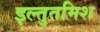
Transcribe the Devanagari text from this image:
इल्‍तुतमिश